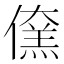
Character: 𠏖